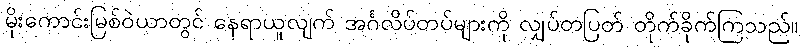
မိုးကောင်းမြစ်ဝဲယာတွင် နေရာယူလျက် အင်္ဂလိပ်တပ်များကို လျှပ်တပြတ် တိုက်ခိုက်ကြသည်။